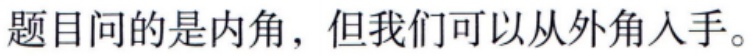
题目问的是内角，但我们可以从外角入手。